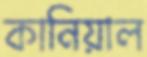
কানিয়াল